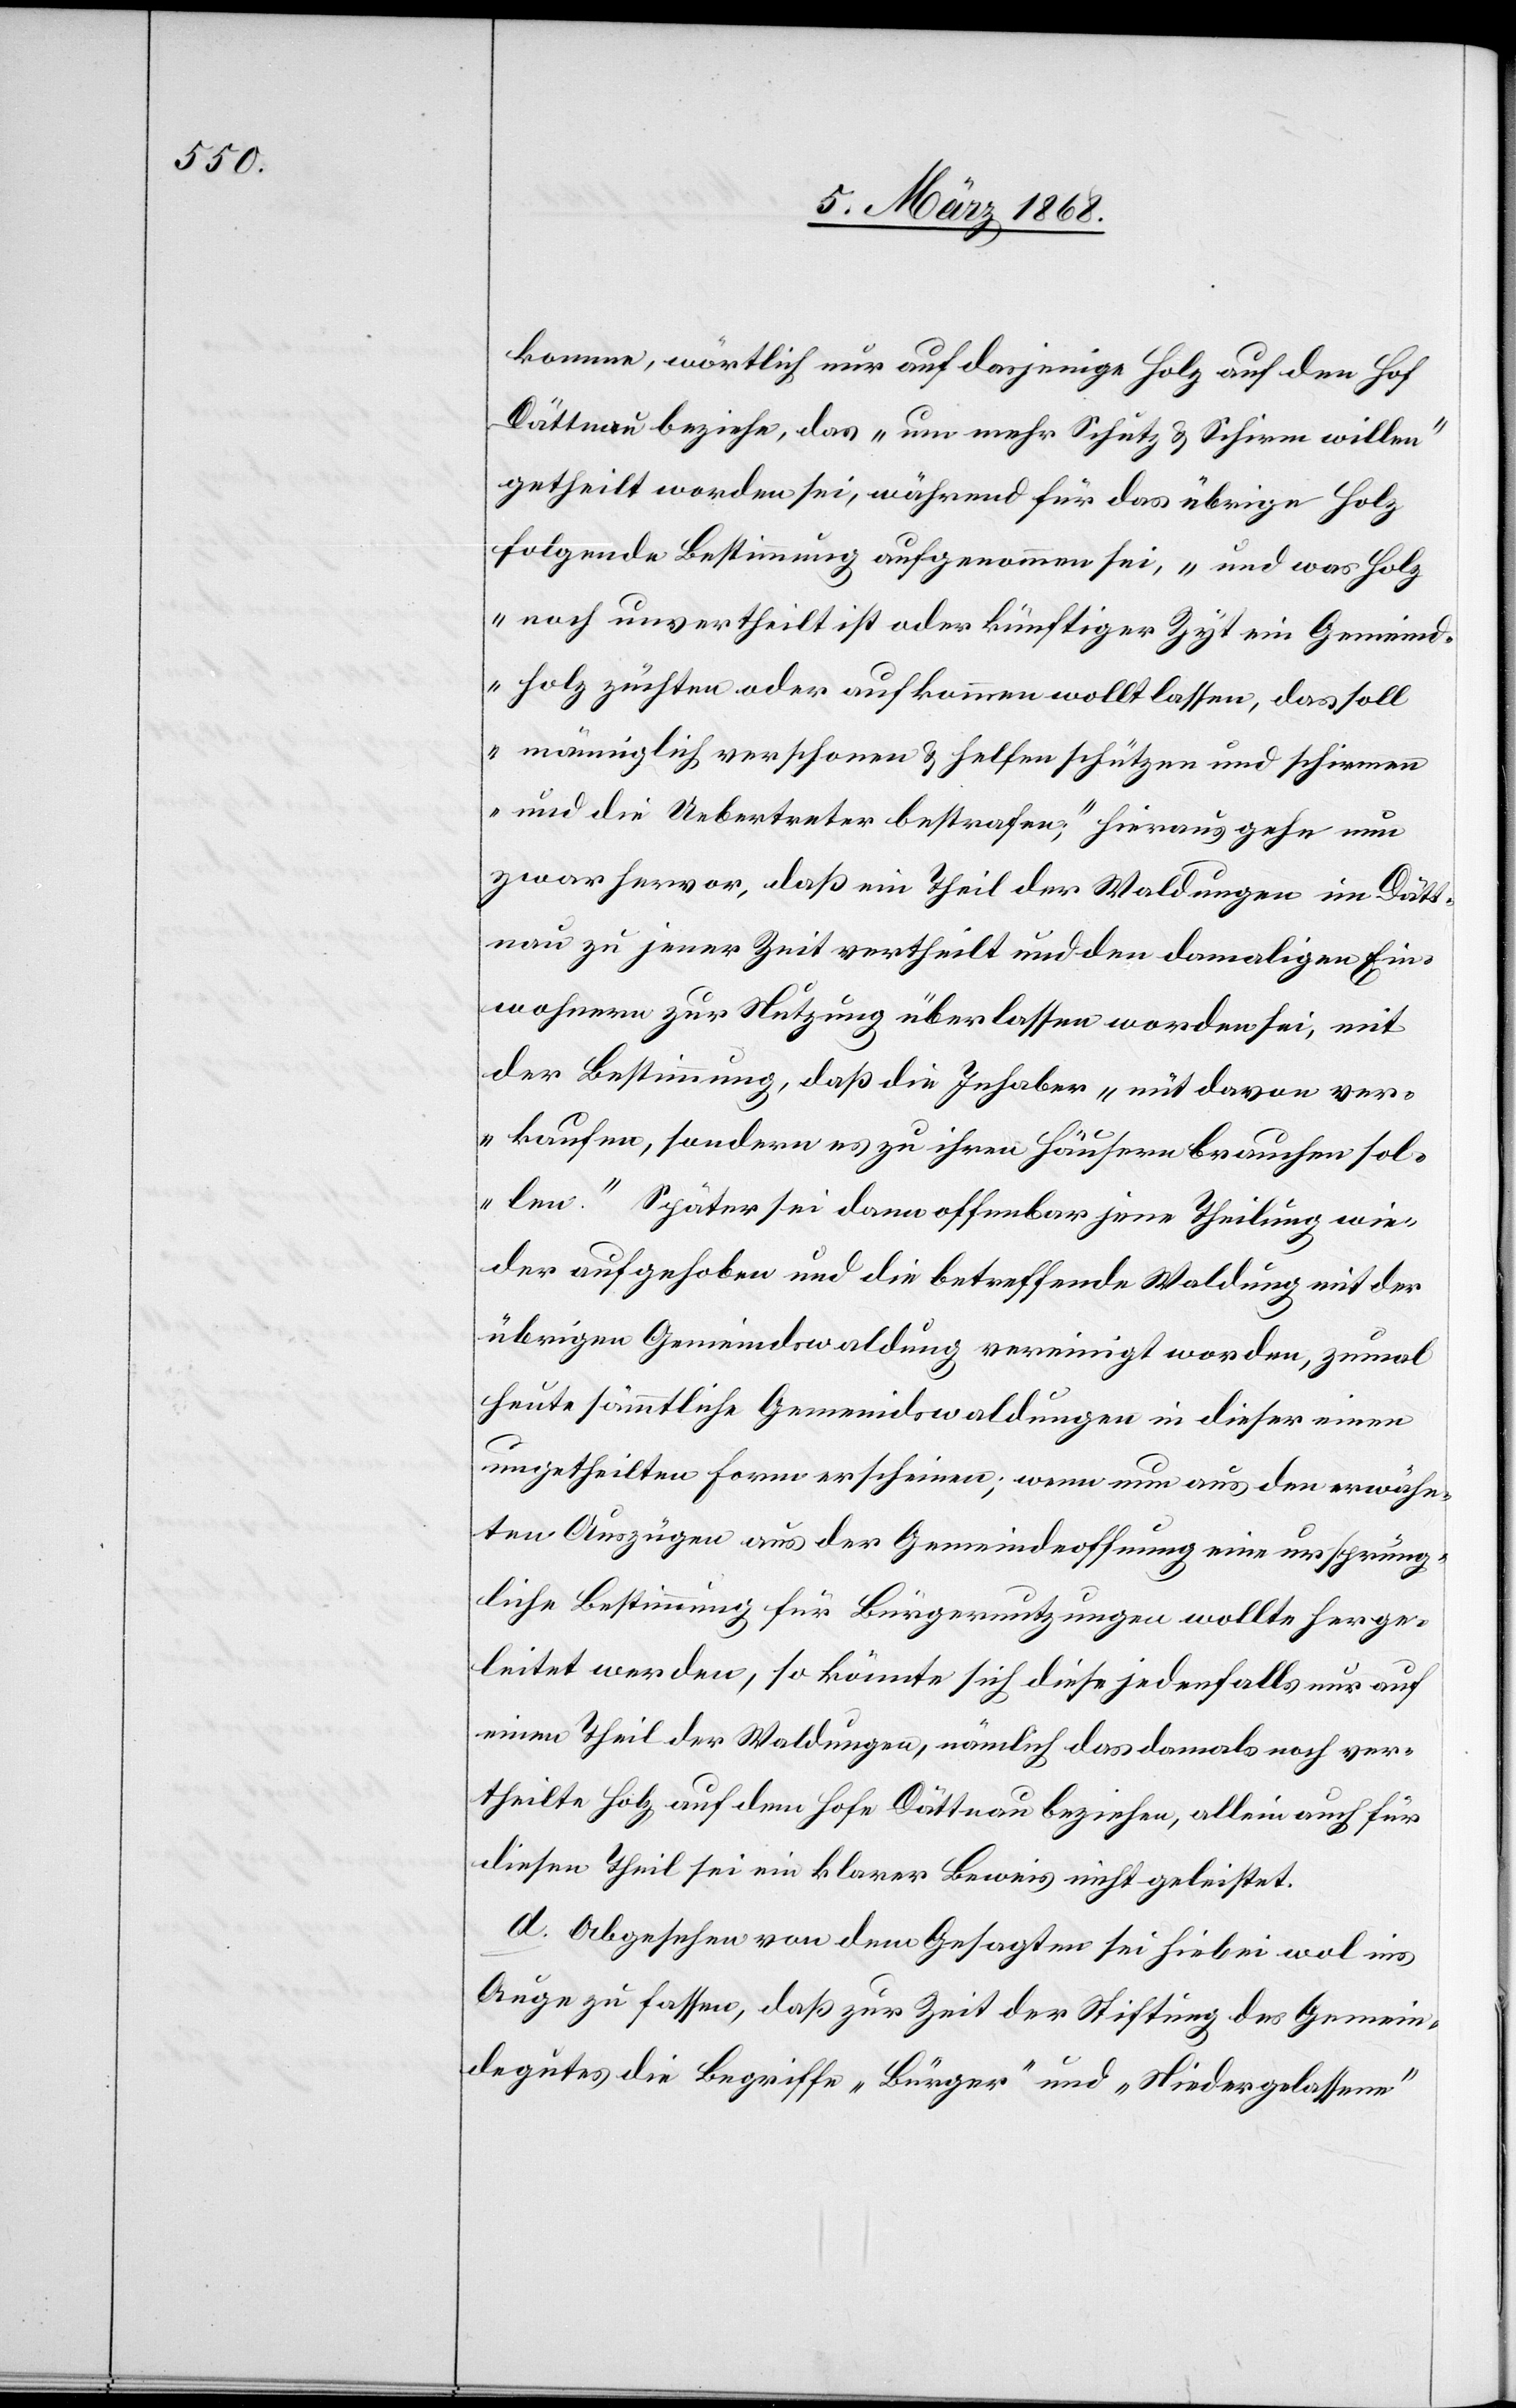
komme, wörtlich nur auf dasjenige Holz auf den Hof
Dättnau beziehe, das „um mehr Schutz & Schirm willen“
getheilt worden sei, während für das übrige Holz
folgende Bestimmung aufgenommen sei, „und was Holz
noch unvertheilt ist oder künftiger Zyt ein Gemeind¬
holz züchten oder aufkommen wollt lassen, das soll
männiglich verschonen & helfen schützen und schirmen
und die Uebertreter bestrafen;“ hieraus gehe nun
zwar hervor, daß ein Theil der Waldungen im Dätt¬
nau zu jener Zeit vertheilt und den damaligen Ein¬
wohnern zur Nutzung überlassen worden sei, mit
der Bestimmung, daß die Inhaber „nüt davon ver¬
kaufen, sondern es zu ihren Häusern brauchen sol¬
len.“ Später sei dann offenbar jene Theilung wie¬
der aufgehoben und die betreffende Waldung mit der
übrigen Gemeindswaldung vereinigt worden, zumal
heute sämmtliche Gemeindswaldungen in dieser einen
ungetheilten Form erscheinen; wenn nun aus den erwähn¬
ten Auszügen aus der Gemeindeoffnung eine ursprüng¬
liche Bestimmung für Bürgernutzungen wollte herge¬
leitet werden, so könnte sich diese jedenfalls nur auf
einen Theil der Waldungen, nämlich das damals noch ver¬
theilte Holz auf dem Hofe Dättnau beziehen, allein auch für
diesen Theil sei ein klarer Beweis nicht geleistet.
d. Abgesehen von dem Gesagten sei hiebei wol ins
Auge zu fassen, daß zur Zeit der Stiftung des Gemein¬
degutes die Begriffe „Bürger“ und „Niedergelassene“